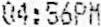
04:56PM